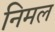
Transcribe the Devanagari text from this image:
निमल